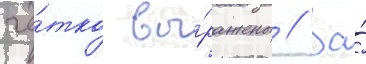
чё́тко вы́ражены // За́